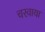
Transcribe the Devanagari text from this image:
चरवाया